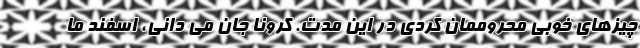
چیزهای خوبی محروممان کردی در این مدت. کرونا جان می دانی، اسفند ما